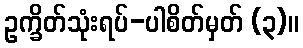
ဥက္ခိတ်သုံးရပ်-ပါစိတ်မှတ် (၃)။